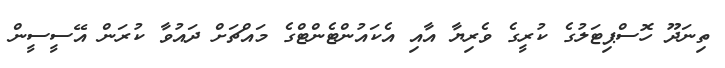
ތިނަދޫ ހޮސްޕިޓަލުގެ ކުރީގެ ވެރިޔާ އާއި އެކައުންޓެންޓްގެ މައްޗަށް ދައުވާ ކުރަން އޭސީސީން